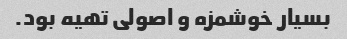
بسیار خوشمزه و اصولی تهیه بود.